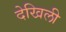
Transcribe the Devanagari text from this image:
देखिली